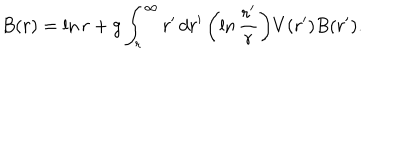
B ( r ) = \ln r + g \int _ { r } ^ { \infty } r ^ { \prime } \, d r ^ { \prime } \, \biggl ( \ln { \frac { r ^ { \prime } } { r } } \biggr ) V ( r ^ { \prime } ) B ( r ^ { \prime } ) .